Report of the Hyderabad Chloroform Commission
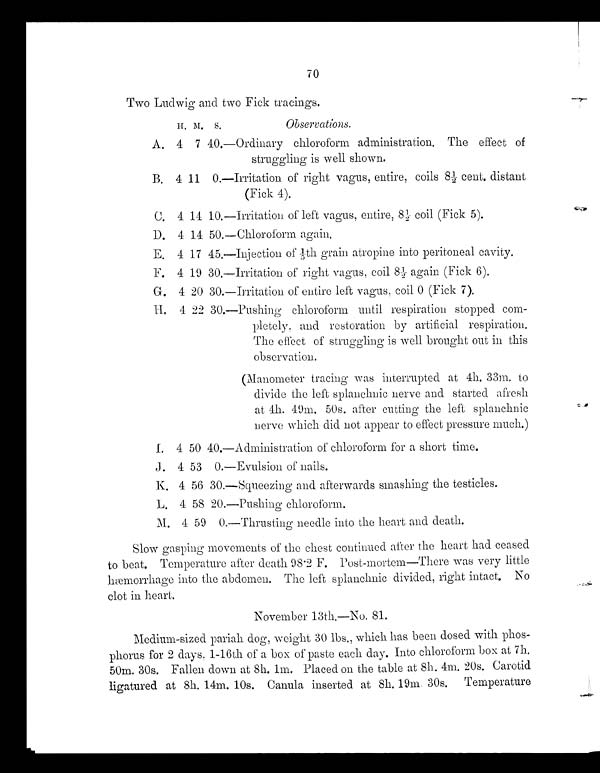
70
Two Ludwig and two Fick tracings.
H. M. S.
Observations.
A. 4 7 40.—Ordinary chloroform administration. The effect of
struggling is well shown.
B. 4 11 0. —I r r i t at i on of r i ght vagus, ent i r e, coi l s 8 1/ 2 cent , di st ant
(Fick 4).
C. 4 14 10.—Irritation of left vagus, entire, 8 1/2 coil (Fick 5).
D. 4 14 50.—Chloroform again.
E. 4 17 45.—Injection of 1/5th grain atropine into peritoneal cavity.
F. 4 19 30.—Irritation of right vagus, coil 8 1/2 again (Fick 6).
G. 4 20 30.—Irritation of entire left vagus, coil 0 (Fick 7).
H. 4 22 30.—Pushing chloroform until respiration stopped com-
pletely, and restoration by artificial respiration.
The effect of struggling is well brought out in this
observation.
(Manometer tracing was interrupted at 4h. 33m. to
divide the left splanchnic nerve and started afresh
at 4h. 49m, 50s. after cutting the left splanchnic
nerve which did not appear to effect pressure much.)
I. 4 50 40.—Administration of chloroform for a short time.
J. 4 53 0.—Evulsion of nails.
K. 4 56 30.—Squeezing and afterwards smashing the testicles.
L. 4 58 20.—Pushing chloroform.
M. 4 59 0.—Thrusting needle into the heart and death.
Slow gasping movements of the chest continued after the heart had ceased
to beat. Temperature after death 98.2 F. Post-mortem—There was very little
hæmorrhage into the abdomen. The left splanchnic divided, right intact. No
clot in heart.
November 13th.—No. 81.
Medium-sized pariah dog, weight 30 lbs., which has been dosed with phos
-phorus for 2 days. 1-16th of a box of paste each day. Into chloroform box at 7h.
50m. 30s. Fallen down at 8h. lm, Placed on the table at 8h. 4m. 20s. Carotid
ligatured at 8h. 14m. 10s. Canula inserted at 8h. 19m 30s. Temperature